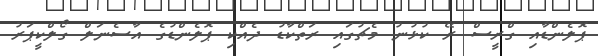
ޕޮލެންޑާއި ގްރީސް ރޭ ކުޅުނު މެޗުގައި ރަތްކާޑު ދެއްކި ޕޮލެންޑުގެ އާސެނަލް ގޯލްކީޕަރު